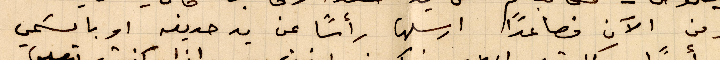
ومن الآن فصاعدًا أرسلها رأسًا عن يد حديفه او باسمي